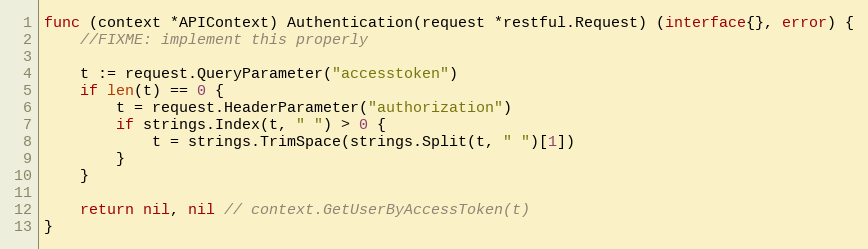
Language: Go
func (context *APIContext) Authentication(request *restful.Request) (interface{}, error) {
	//FIXME: implement this properly

	t := request.QueryParameter("accesstoken")
	if len(t) == 0 {
		t = request.HeaderParameter("authorization")
		if strings.Index(t, " ") > 0 {
			t = strings.TrimSpace(strings.Split(t, " ")[1])
		}
	}

	return nil, nil // context.GetUserByAccessToken(t)
}